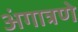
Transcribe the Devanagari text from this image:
अंगात्रणे